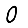
Digit: 0